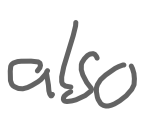
Text: also
Cross-out: clean
Writing tool: digital_gray